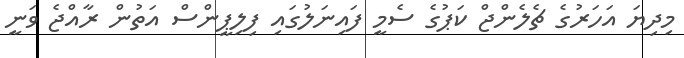
މިދިޔަ އަހަރުގެ ޗެލެންޖް ކަޕުގެ ސެމީ ފައިނަލުގައި ފިލިޕީންސް އަތުން ރާއްޖެ ވަނީ